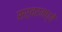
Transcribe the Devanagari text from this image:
सर्वरमध्ये